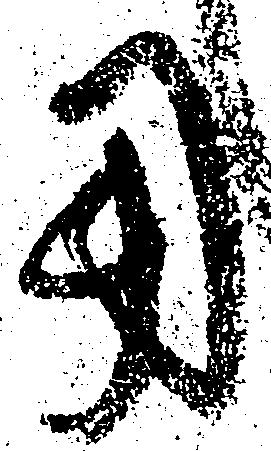
用